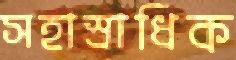
সহাস্রাধিক